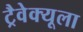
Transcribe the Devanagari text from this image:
ट्रैवेक्यूला